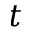
t